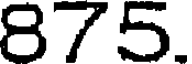
875.